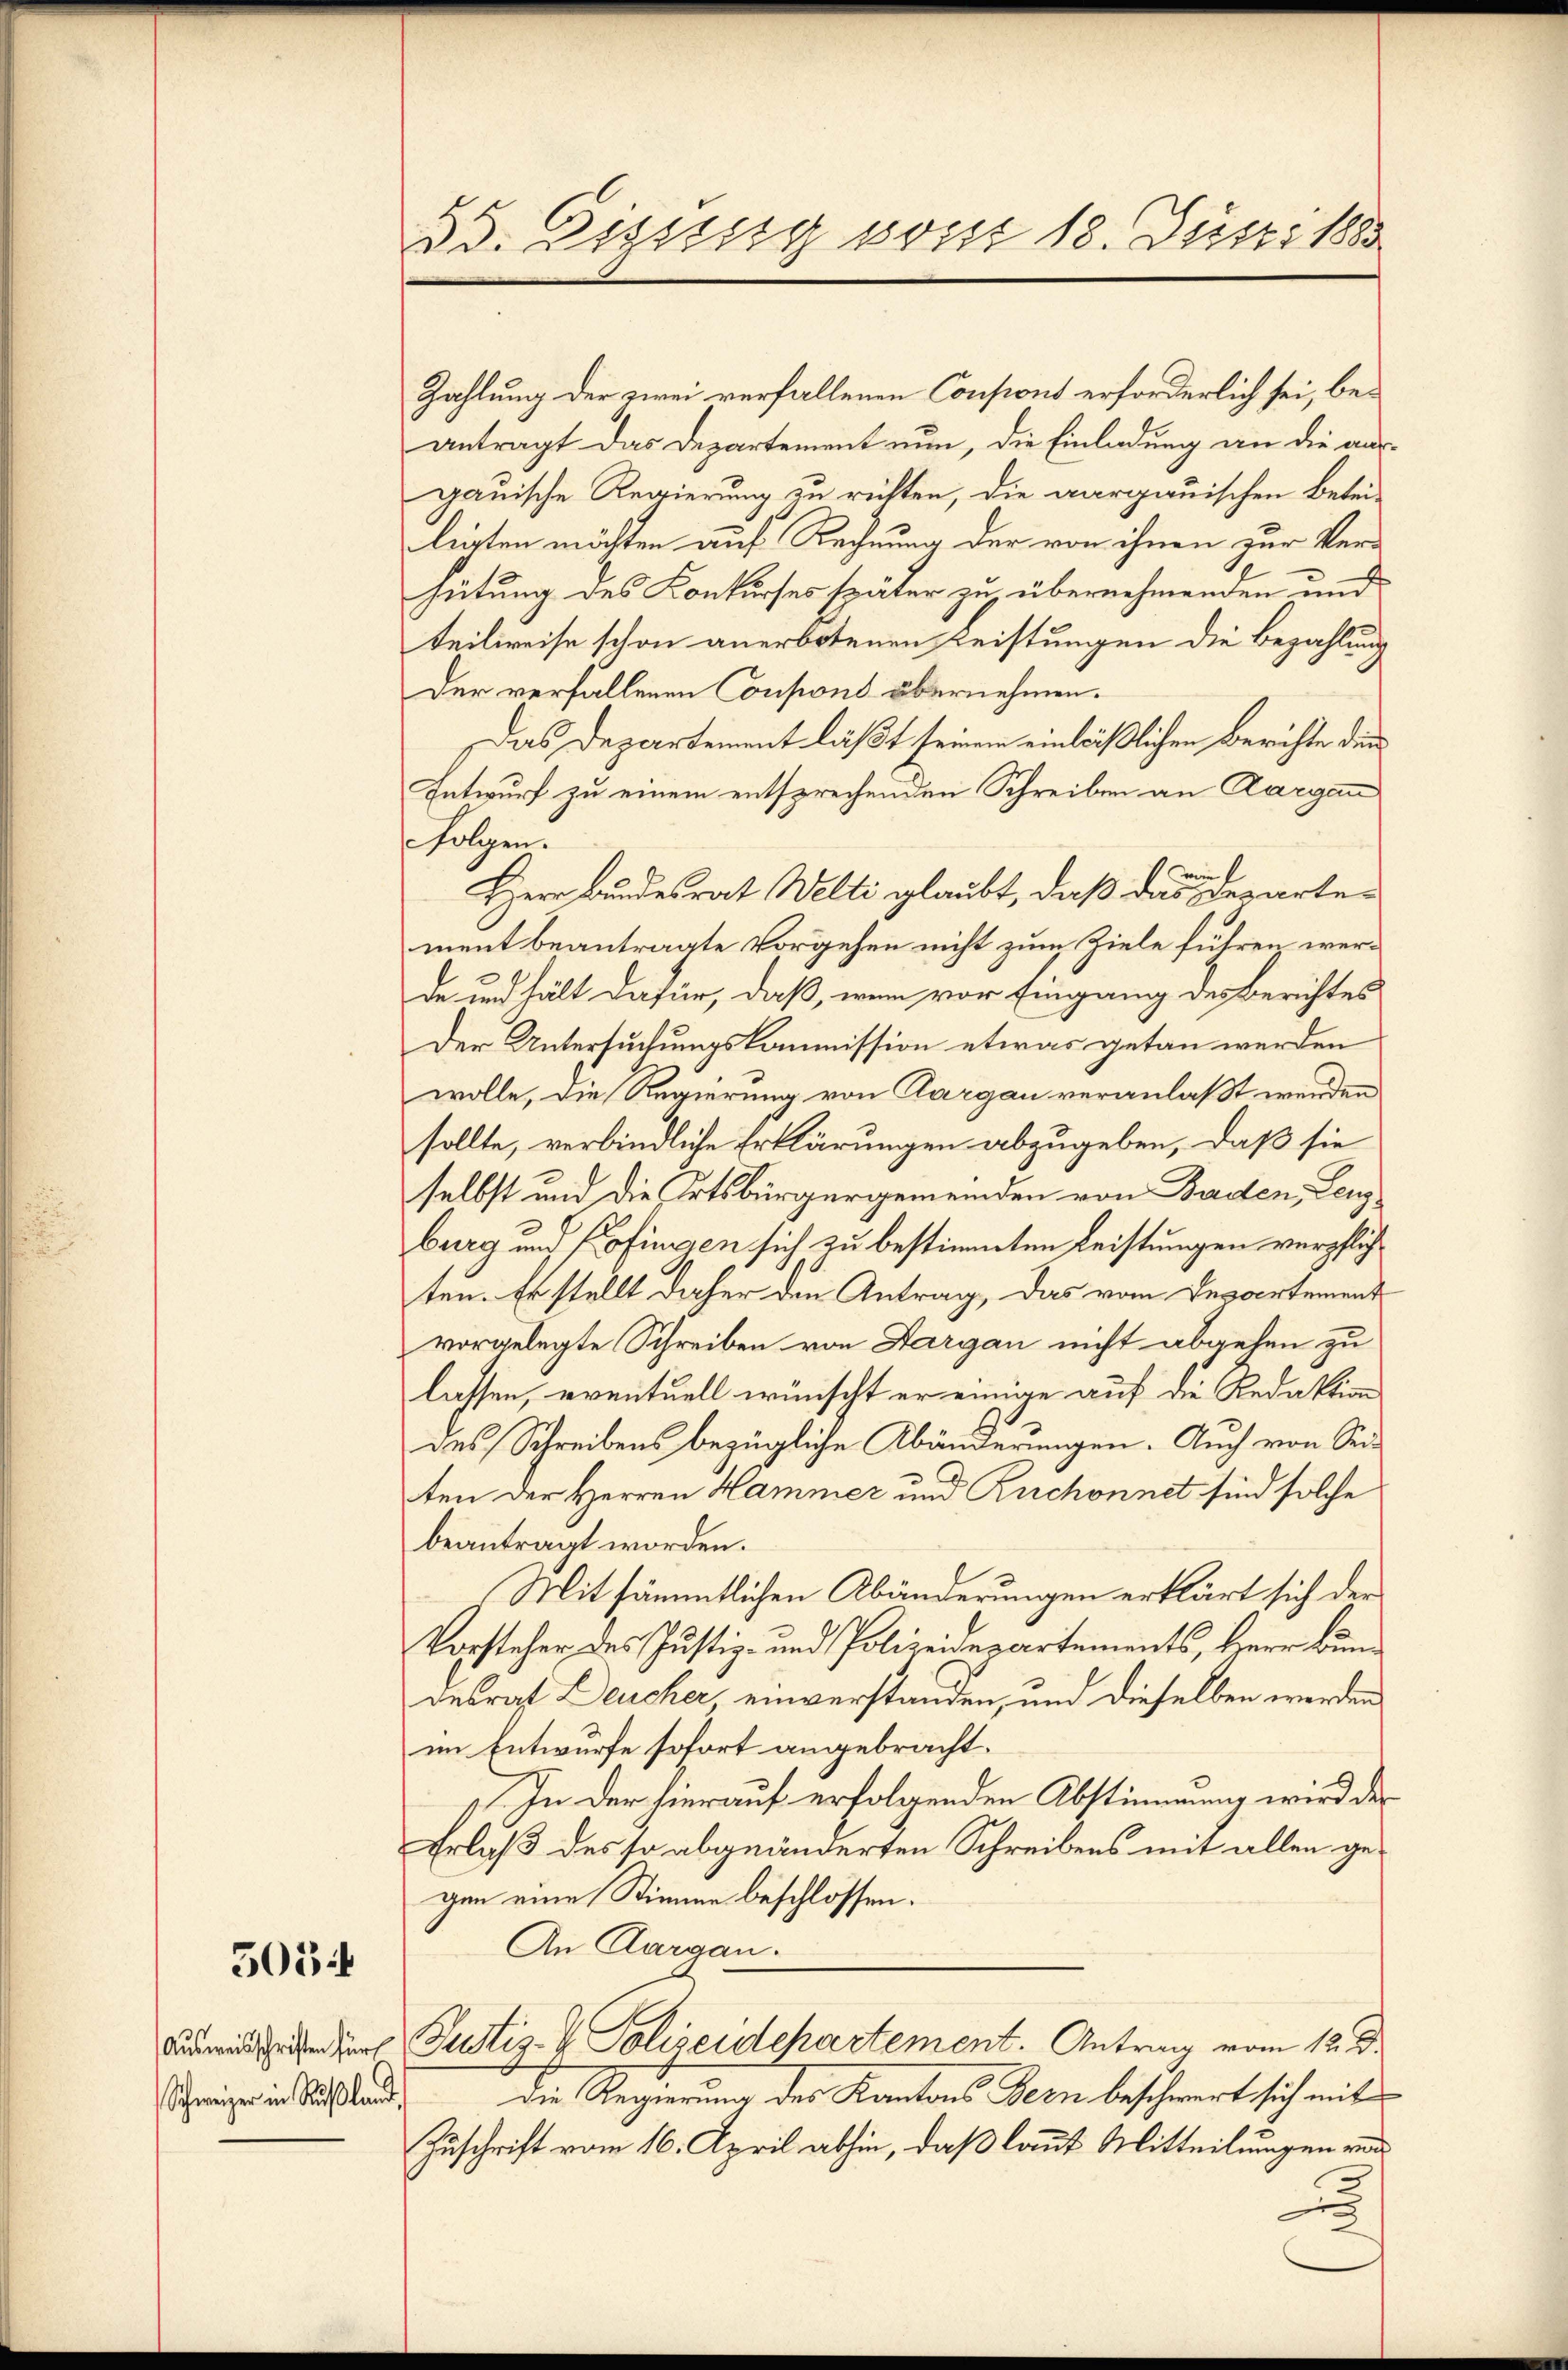
5054

Schweizer in Rußland,

35. Disseg von 18. Juni 188

Zahlung der zwei verfallenen Consont erforderlich sei, beantragt das Departement nun, die Einladung an die ausgauische Regierung zu richten, die aargauischen Beteiligten möchten auf Rechnung der von ihnen zur Verhütung des Konkurses später zu übernehmenden und
teilireise schon anerbotenen Leistungen die Bezahlung
Der verfallenen Consions übernehmen.
Das Departement läßt seinem einläßlichen Berichte den
Entwurf zu einem entsprechenden Schreiben an Aarga
folgen.
Herr Bundesrat Welti glaubt, daß das Departement beantragte Vorgehen nicht zum Ziele fuhren werde und hält dafür, daß, wenn vor Eingang des Berichtes
Der Untersuchungskommission etwas getan werden
wolle, die Regierung von Aargau veranlaßt werden
sollte, verbindliche Erklärungen abzugeben, daß sie
selbst und die Ortsbürgergemeinden von Baden, Lenz
burg und Pofingen sich zu bestimmten Leistungen verpflichten. Er stellt daher den Antrag, das vom Departement
vorgelegte Schreiben von Aargau nicht abgehen zu
lassen, eventuell wünscht er einige auf die Redaktion
des Schreibens bezügliche Abänderungen. Auch von Sei
ten der Herren Hammer und Ruchonnet sind solche
beantragt worden.
(Mit sämmtlichen Abänderungen erklärt sich der
Vorsteher des Justiz- und Polizeidepartements, Herr Bund
desrat Deucher einverstanden, und dieselben werden
im Entwurfe sofort angebracht.
In der hierauf erfolgenden Abstimmung wird der
Erlaß des so abgeänderten Schreibens mit allen gegen eine Stimme beschlossen.
An Aargau.
didee zur Justiz- & Polizeidepartement. Antrag vom 12. d.
Die Regierung des Kantons Bern beschwert sich mit
Zuschrift vom 16. April abhin, daß laut Mitteilungen und